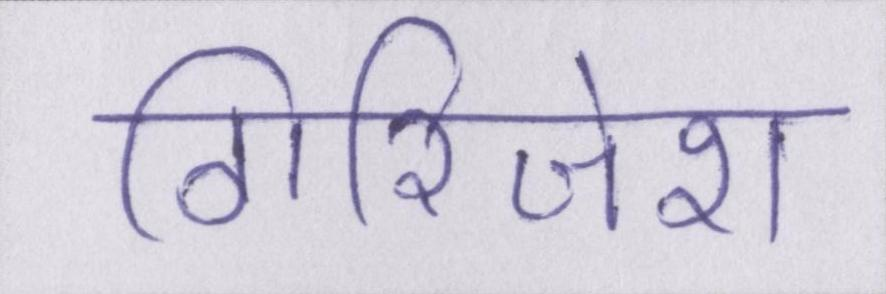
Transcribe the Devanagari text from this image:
गिरिजेश